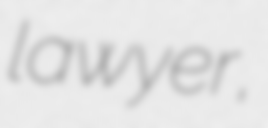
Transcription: lawyer,